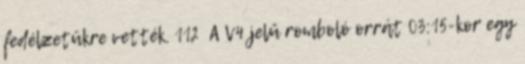
fedélzetükre vették. 112 A V4 jelű romboló orrát 03:15-kor egy